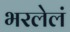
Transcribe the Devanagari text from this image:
भरलेलं